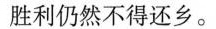
胜利仍然不得还乡。